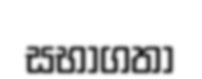
සභාගතා